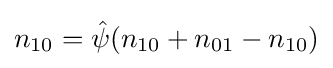
n_{10}={\hat {\psi }}(n_{10}+n_{01}-n_{10})